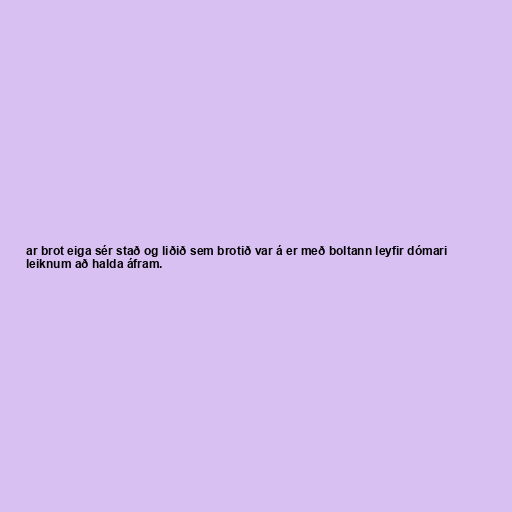
ar brot eiga sér stað og liðið sem brotið var á er með boltann leyfir dómari
leiknum að halda áfram.